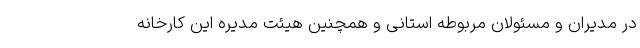
در مدیران و مسئولان مربوطه استانی و همچنین هیئت مدیره این کارخانه